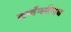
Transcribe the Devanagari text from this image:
वर्णनवैभव